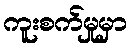
ကူးစက်မှုမှာ